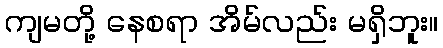
ကျမတို့ နေစရာ အိမ်လည်း မရှိဘူး။